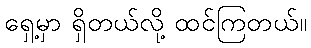
ရှေ့မှာ ရှိတယ်လို့ ထင်ကြတယ်။